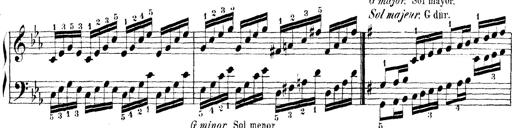
Title: Technische Studien
Composer: Franz Liszt